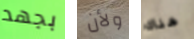
بجهد ولأن هناك